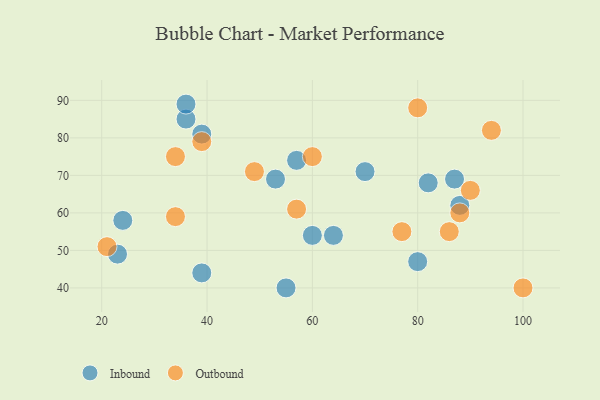
{"axis": {"x": "GDP", "y": "Life Expectancy"}, "legend": ["Inbound", "Outbound"], "data": [{"x": "23", "y": 49, "type": "Inbound"}, {"x": "64", "y": 54, "type": "Inbound"}, {"x": "88", "y": 62, "type": "Inbound"}, {"x": "70", "y": 71, "type": "Inbound"}, {"x": "39", "y": 81, "type": "Inbound"}, {"x": "57", "y": 74, "type": "Inbound"}, {"x": "80", "y": 47, "type": "Inbound"}, {"x": "87", "y": 69, "type": "Inbound"}, {"x": "36", "y": 85, "type": "Inbound"}, {"x": "82", "y": 68, "type": "Inbound"}, {"x": "24", "y": 58, "type": "Inbound"}, {"x": "39", "y": 44, "type": "Inbound"}, {"x": "36", "y": 89, "type": "Inbound"}, {"x": "60", "y": 54, "type": "Inbound"}, {"x": "55", "y": 40, "type": "Inbound"}, {"x": "53", "y": 69, "type": "Inbound"}, {"x": "34", "y": 59, "type": "Outbound"}, {"x": "80", "y": 88, "type": "Outbound"}, {"x": "57", "y": 61, "type": "Outbound"}, {"x": "100", "y": 40, "type": "Outbound"}, {"x": "94", "y": 82, "type": "Outbound"}, {"x": "21", "y": 51, "type": "Outbound"}, {"x": "88", "y": 60, "type": "Outbound"}, {"x": "34", "y": 75, "type": "Outbound"}, {"x": "49", "y": 71, "type": "Outbound"}, {"x": "39", "y": 79, "type": "Outbound"}, {"x": "90", "y": 66, "type": "Outbound"}, {"x": "60", "y": 75, "type": "Outbound"}, {"x": "77", "y": 55, "type": "Outbound"}, {"x": "86", "y": 55, "type": "Outbound"}]}